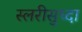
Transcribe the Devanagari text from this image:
स्लरीसुध्दा